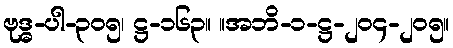
ဗုဒ္ဓ-ပါ-၃၀၅၊ ဋ္ဌ-၁၆၃။ ။အဘိ-၁-ဋ္ဌ-၂၀၄-၂၀၅။